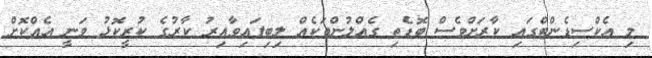
މި އެކްސިޑެންޓްގައި ކާރަށްވެސް ބޮޑެތި ގެއްލުންތަކެއް ލިބިފައިވާއިރު ކާރުގެ ކުރީކޮޅު ވަނީ އެއްކޮށް